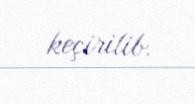
keçirilib.